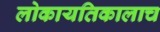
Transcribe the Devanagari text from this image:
लोकायतिकालाच